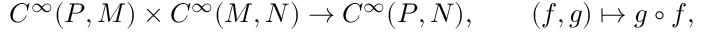
C ^ { \infty } ( P , M ) \times C ^ { \infty } ( M , N ) \to C ^ { \infty } ( P , N ) , \qquad ( f , g ) \mapsto g \circ f ,